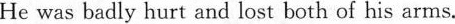
He was badly hurt and lost both of his arms.